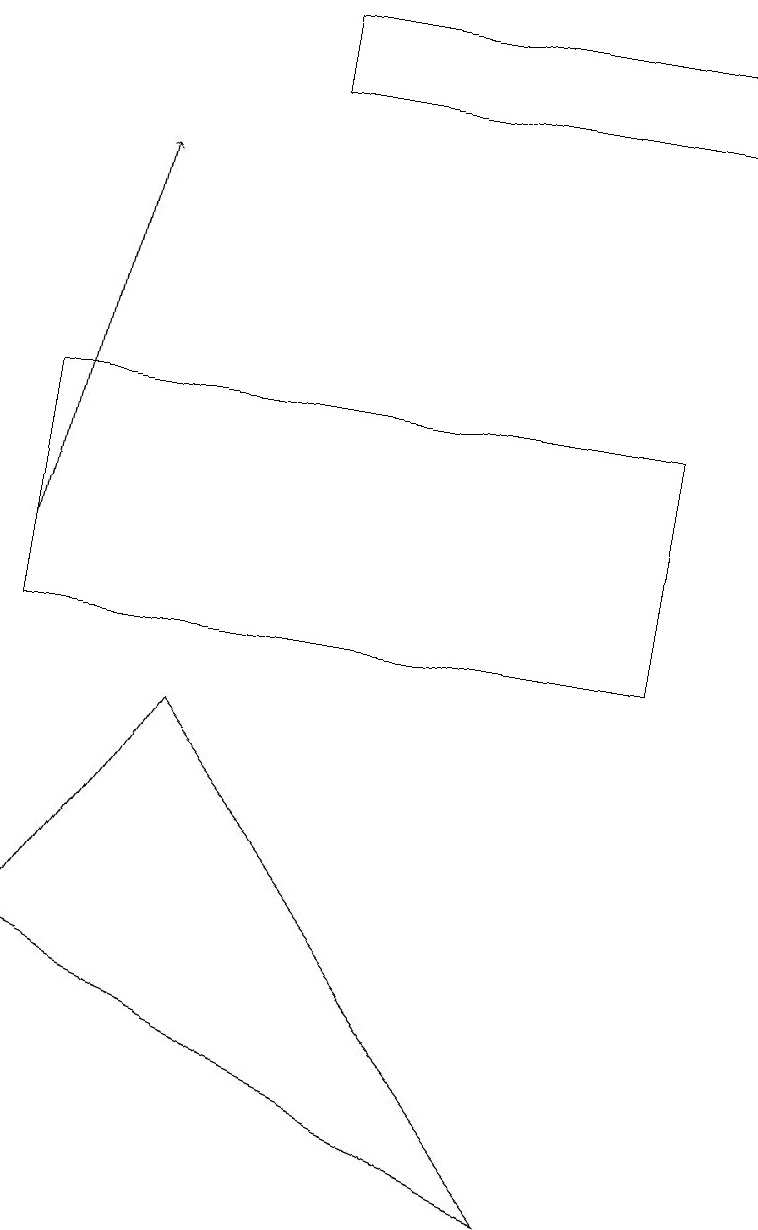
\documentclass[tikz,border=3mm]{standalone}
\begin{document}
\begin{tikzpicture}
\draw (3,17) rectangle (9,18);
\draw (2,9) -- (7,3) -- (0,6) -- cycle;
\draw (0,10) rectangle (8,13);
\draw[->] (0,11) -- (1,16);
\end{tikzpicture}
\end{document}